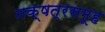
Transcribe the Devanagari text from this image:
नक्षत्रसमूह